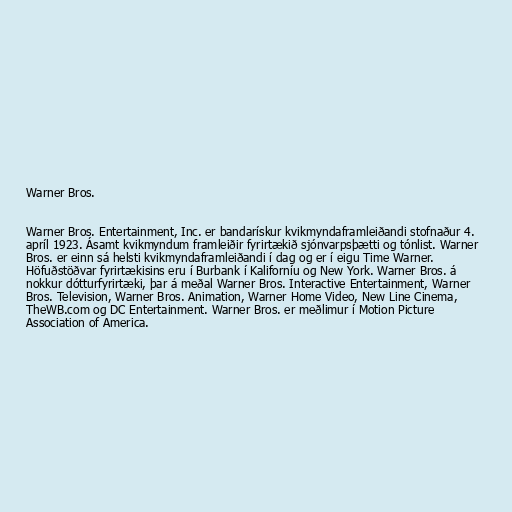
Warner Bros.

Warner Bros. Entertainment, Inc. er bandarískur kvikmyndaframleiðandi stofnaður 4.
apríl 1923. Ásamt kvikmyndum framleiðir fyrirtækið sjónvarpsþætti og tónlist. Warner
Bros. er einn sá helsti kvikmyndaframleiðandi í dag og er í eigu Time Warner.
Höfuðstöðvar fyrirtækisins eru í Burbank í Kaliforníu og New York. Warner Bros. á
nokkur dótturfyrirtæki, þar á meðal Warner Bros. Interactive Entertainment, Warner
Bros. Television, Warner Bros. Animation, Warner Home Video, New Line Cinema,
TheWB.com og DC Entertainment. Warner Bros. er meðlimur í Motion Picture
Association of America.